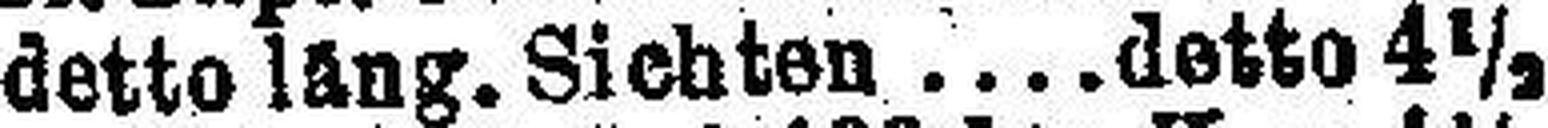
detto läng. Sichten  detto 4½